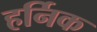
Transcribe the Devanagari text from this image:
हर्निक